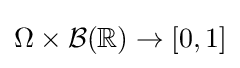
\Omega \times {\mathcal {B}}(\mathbb {R} )\to [0,1]